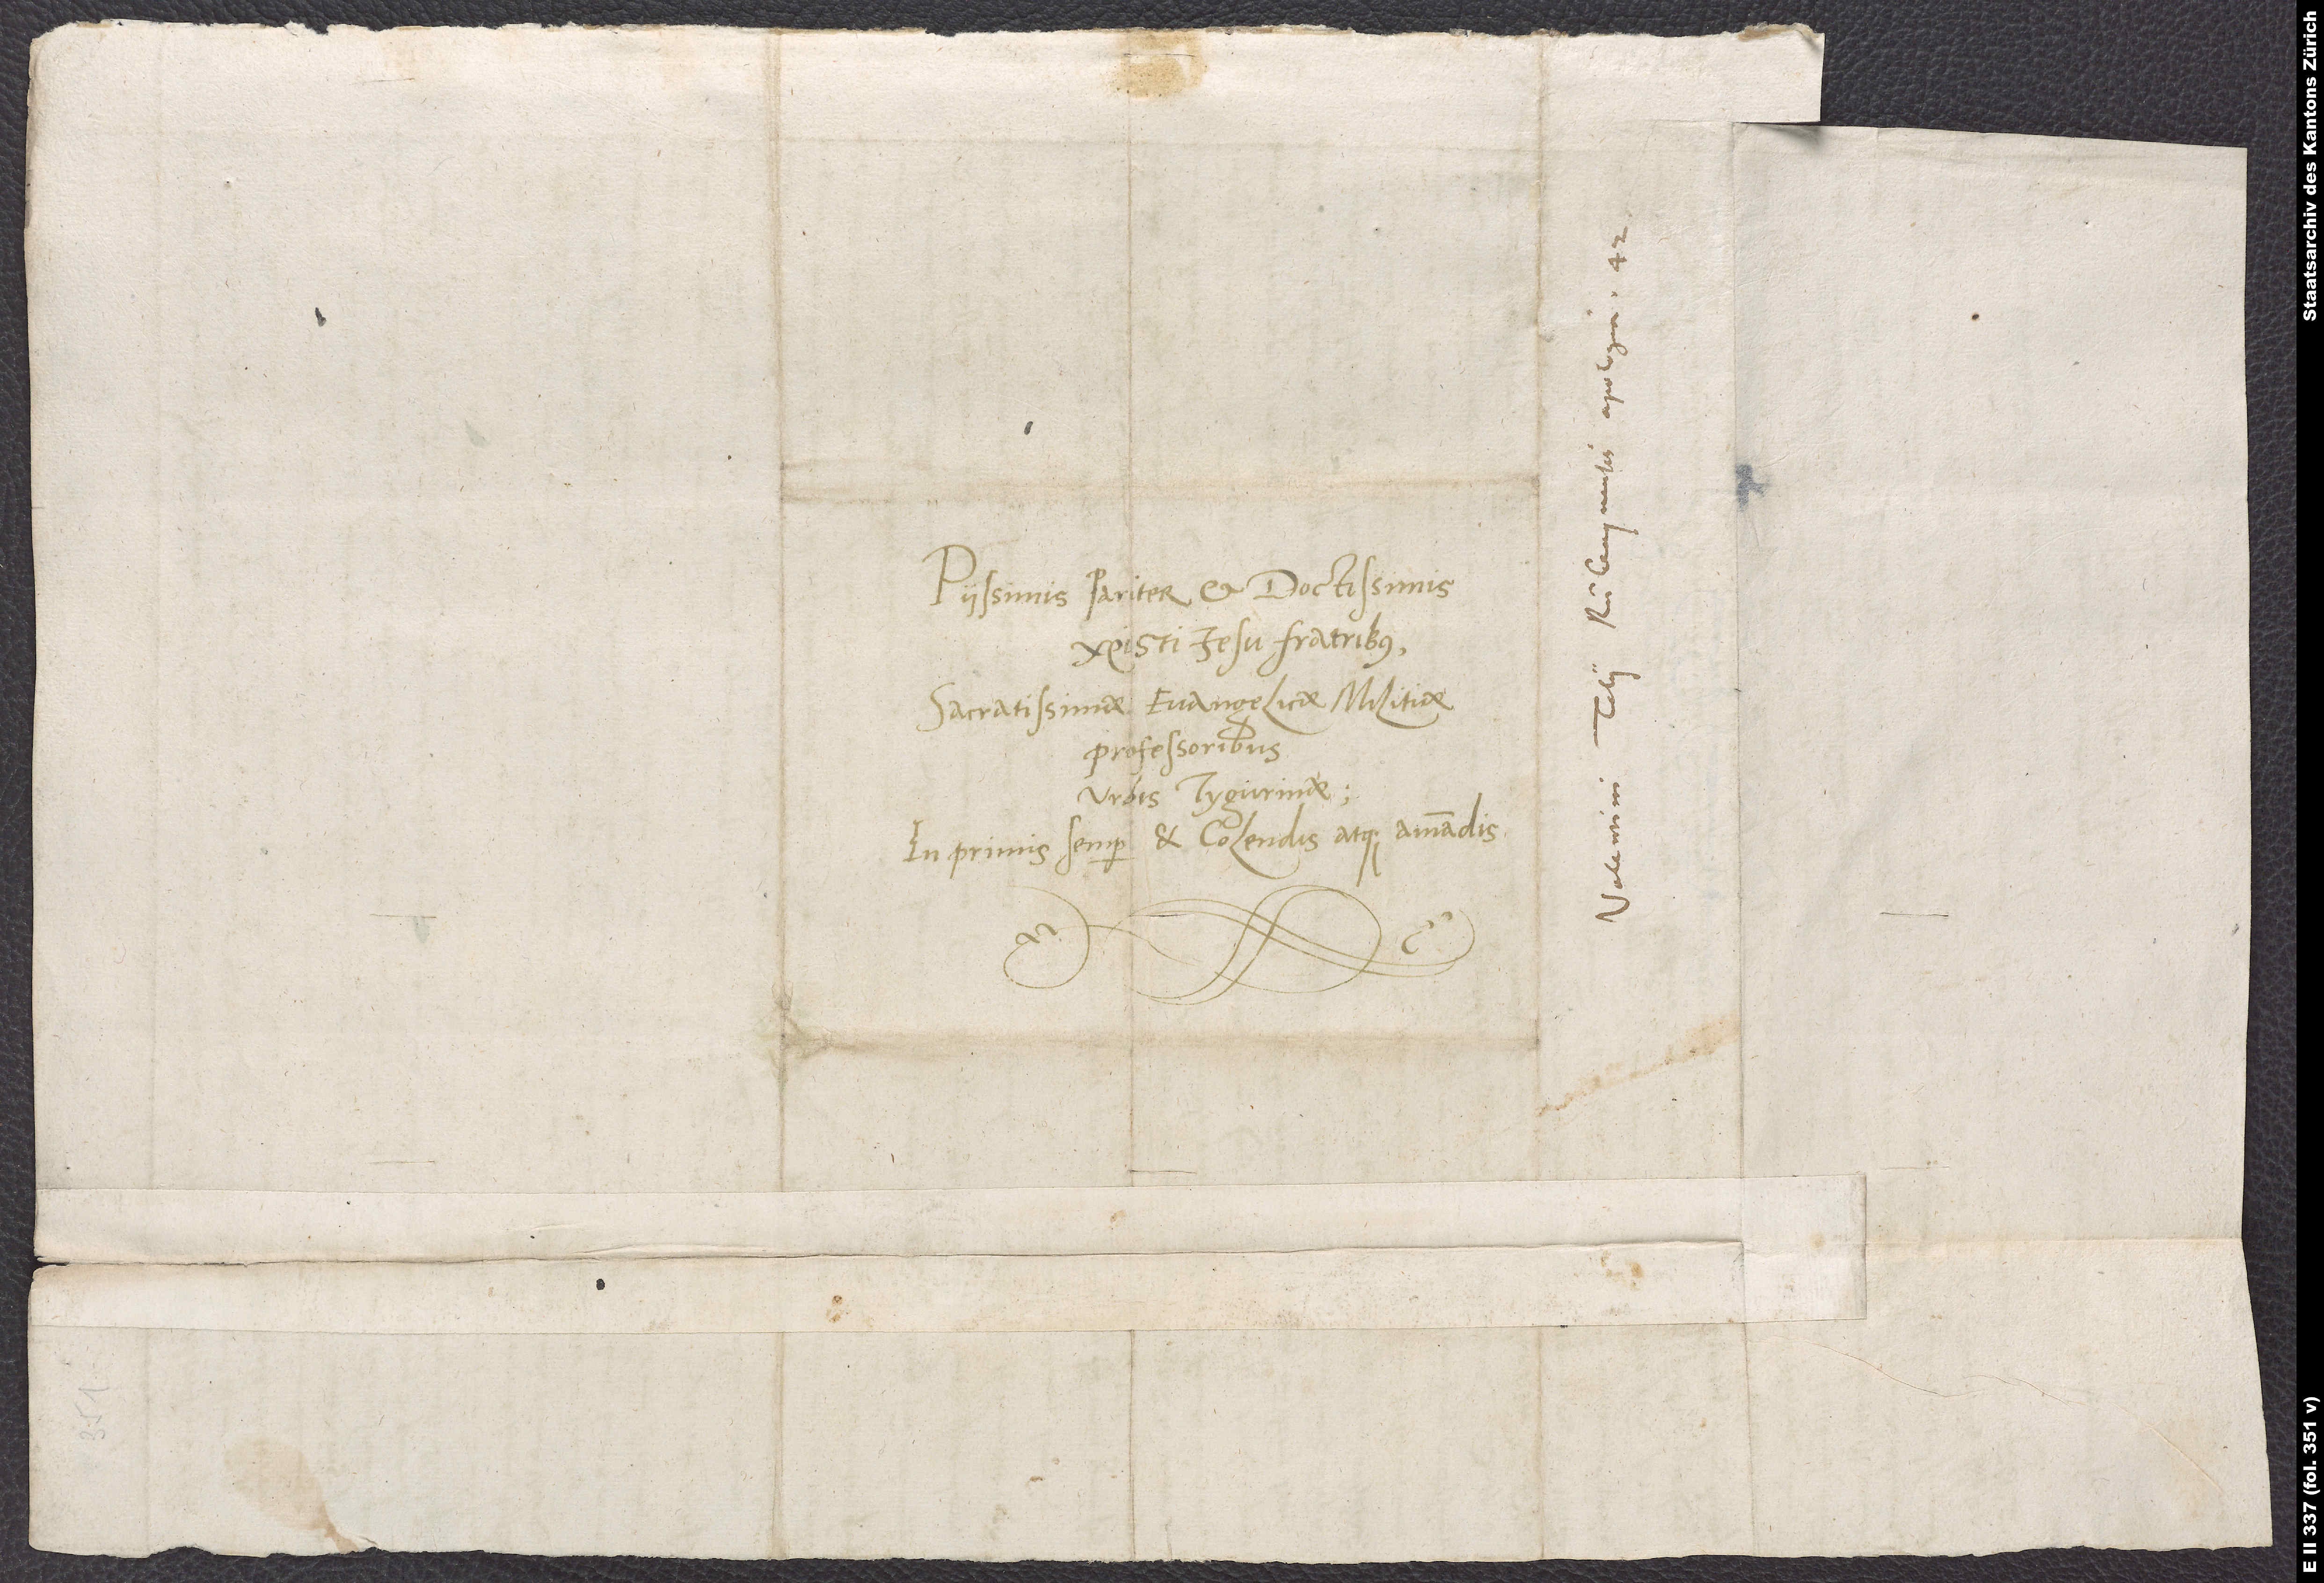
Piissimis pariter et doctissimis
Christi Iesu fratribus,
sacratissimae evangelicae militiae
professoribus
urbis Tygurinae,
inprimis semper et colendis atque amandis.